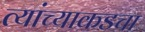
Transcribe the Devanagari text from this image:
त्यांच्याकडचा